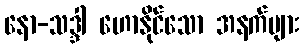
နော-သဒ္ဒါ ဟောနိုင်သော အနက်များ